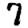
Digit: 7